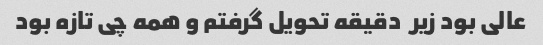
عالی بود زیر  دقیقه تحویل گرفتم و همه چی تازه بود